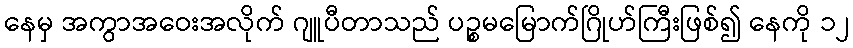
နေမှ အကွာအဝေးအလိုက် ဂျူပီတာသည် ပဉ္စမမြောက်ဂြိုဟ်ကြီးဖြစ်၍ နေကို ၁၂